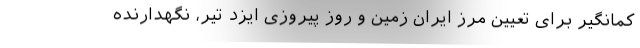
کمانگیر برای تعیین مرز ایران زمین و روز پیروزی ایزد تیر، نگهدارنده